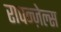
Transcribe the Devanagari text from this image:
रापन्ज़ेल्स